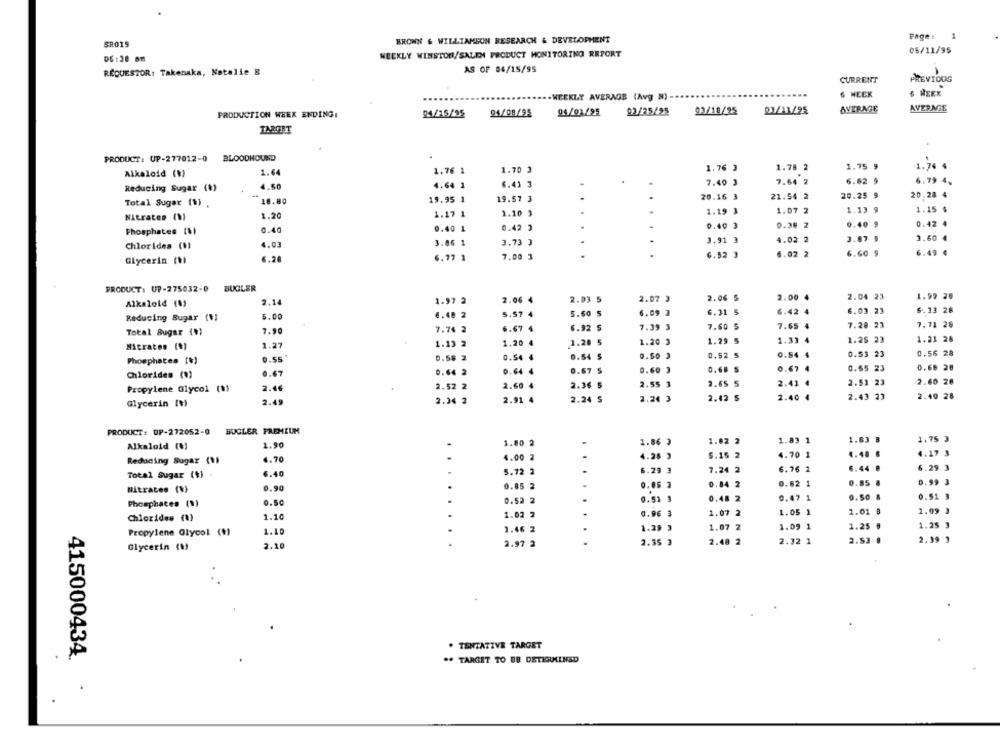
BROWN & WILLIAMSON RESEARCH & DEVELOPMENT
Page :
1
SR015
WEEKLY WINSTON/SALEN PRODUCT MONITORING REPORT
05/11/95
AS OF 04/15/95
REQUESTOR: Takenaka, Natalie B
CURRENT
PREVIOOS
-WEEKLY AVERAGE (Avg M) -
6 WEEK
6 WEEK
94/08/95
94/01/95
03/25/25
93/18/25
07/11/25
AVERAGE
AVERAGE
PRODUCTION WEEK ENDING:
04/15/95
TANTET
PRODUCT: UP-277012-0 BLOODHOUND
1.76 3
1.78 2
1.75 9
1.74 %
1.64
1.76 1
1.70 3
Alkaloid (V)
7.40 3
7.64 2
6.62 9
6.79 4,
Reducing Sugar (1)
4.60
4.64 1
6.41 3
20.16 3
21.54 2
20.25 9
20,28 4
Total Sugar (1) .
10.80
19.95 1
19.57 3
1.19 3
1.07 2
1.13 9
1.15 %
Nitrates (V)
1.20
1.17 1
1.10 3
.
0.40 3
0.38 2
0.40 $
0.42 4
Phosphates (%)
0.40
0.40 1
0.42 3
3.86 1
3.73 3
3.91 3
4.02 2
3.07
3.60 4
Chlorides (1)
4.03
7.00 3
...
6.52 3
6.02 2
6.60 9
6.49 €
Glycerin (V)
6.28
6.77
PRODUCT: UP-275032-0 BUGLER
2.14
1.97 2
2.06
2.03 5
2.07 3
2.06 5
2.00
2.04 23
1.99 20
Alkaloid (1)
5.00
1.48 2
5.57 4
5.60 5
1.09 3
3.31
5
6.42 4
6.03 23
6.33 28
Reducing Sugar (+)
7.90
7.76
6.67 4
7.39 3
7.60
5
7.65
7.20 23
7.71 28
Total Sugar (V)
MAcraton (*)
1.27
1.13 2
1.20 4
1.20 5
1.20
1.25 23
1.21 28
0.52
O.S.
0.53 23
0.56 28
Phosphates [+)
0.55
0.58 2
0.54 4
0.54
5
3.67
5
0.67
0.65 23
0.68 28
Chlorides (8)
0.67
0.64
D.64 4
2.60
2.36 5
2.55 3
1.65
5
2.51 23
2.60 28
Propylene Glycol (1)
2.46
2.52 2
1.24
2.40
2.43 23
2.40 28
Glycerin (?)
2.45
2.34 2
2.91
2.24 5
PRODUCT: UP-272052-0
BUGLER PREMIUM
-
1.80 2
1.86 3
1.
1.83 1
1.63 B
1.75 3
Alkaloid (1)
1.90
.
4.00 2
4.28
1.70 1
4.48 €
4.27 3
Reducing Sugar (1)
4.70
6.40
5.72 2
5.29
7.2.
2
6.76 1
Total Sugar (+)
0.99
0.90
0.85 2
9.05
0.82 1
Nitrates (V)
.48 2
0.47 1
1.50
0.5c
0.52
Phosphates (1)
0.96 3
1.07
2
1.05 1
1.01
Chlorides (%)
1.10
.46
1.07
1.09
1
Propylene Glycol (+)
1.10
2.48
2.32 1
2.5
Glycerin (1)
2.10
2.97 2
2.35
. TENTATIVE TARGET
415000434.
.* TARGET TO BE DETERMINED